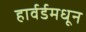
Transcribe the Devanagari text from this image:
हार्वर्डमधून